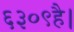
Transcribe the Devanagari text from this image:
६३०९है।